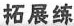
拓展练